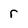
Character: r